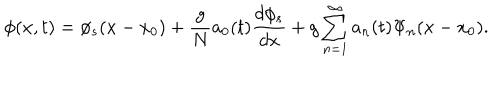
\phi ( x , t ) = \phi _ { s } ( x - x _ { 0 } ) + \frac { g } { N } a _ { 0 } ( t ) \frac { d \phi _ { s } } { d x } + g \sum _ { n = 1 } ^ { \infty } a _ { n } ( t ) \Psi _ { n } ( x - x _ { 0 } ) .